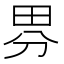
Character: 𭻃